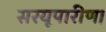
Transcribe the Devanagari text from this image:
सरयूपारीण।